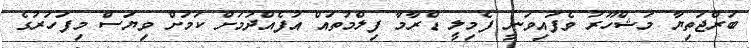
ބަރްޖަތިޔާ މަޝްހޫރު ވެފައިވަނީ ފެމިލީ ޑްރާމާ ފިލްމުތައް އުފެއްދުމަށް ކަމަށް ވިޔަސް މިފަހަރުގެ